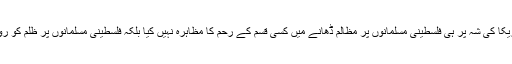
اسرائیل نے امریکا کی شہ پر ہی فلسطینی مسلمانوں پر مظالم ڈھانے میں کسی قسم کے رحم کا مظاہرہ نہیں کیا بلکہ فلسطینی مسلمانوں پر ظلم کو روا رکھا ہوا ہے۔